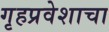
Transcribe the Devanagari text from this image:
गृहप्रवेशाचा